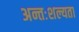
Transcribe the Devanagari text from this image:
अन्तःशल्यता